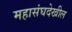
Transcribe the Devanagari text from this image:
महासंघदेखील